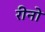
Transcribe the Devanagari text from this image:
रीनो